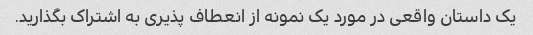
یک داستان واقعی در مورد یک نمونه از انعطاف پذیری به اشتراک بگذارید.